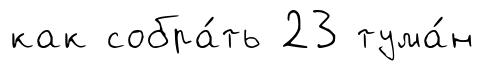
как собра́ть 23 тума́н